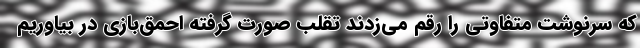
که سرنوشت متفاوتی را رقم می‌زدند تقلب صورت گرفته احمق‌بازی در بیاوریم